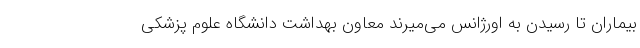
بیماران تا رسیدن به اورژانس می‌میرند معاون بهداشت دانشگاه علوم پزشکی